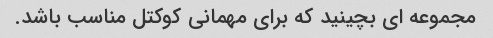
مجموعه ای بچینید که برای مهمانی کوکتل مناسب باشد.